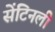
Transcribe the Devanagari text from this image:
सेंटिनली